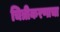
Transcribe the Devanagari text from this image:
चित्रीकरणाचा